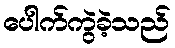
ပေါက်ကွဲခဲ့သည်